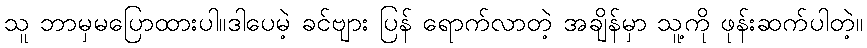
သူ ဘာမှမပြောထားပါ။ဒါပေမဲ့ ခင်ဗျား ပြန် ရောက်လာတဲ့ အချိန်မှာ သူ့ကို ဖုန်းဆက်ပါတဲ့။